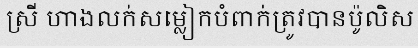
ស្រី ហាងលក់សម្លៀកបំពាក់ត្រូវបានប៉ូលិស